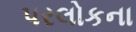
પરલોકના